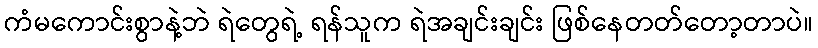
ကံမကောင်းစွာနဲ့ဘဲ ရဲတွေရဲ့ ရန်သူက ရဲအချင်းချင်း ဖြစ်နေတတ်တော့တာပဲ။